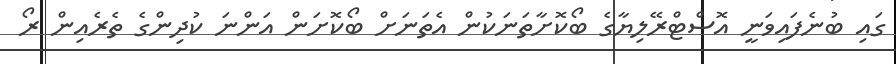
ގައި ބުނެފައިވަނީ އޮސްޓްރޭލިޔާގެ ބޯކޮށާތަނަކުން އެތަނަށް ބޯކޮށަން އަންނަ ކުދިންގެ ތެރެއިން ރޯ